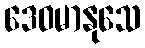
ဒေဝမာနုသေ